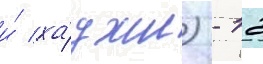
и́ ха́джи) - 12